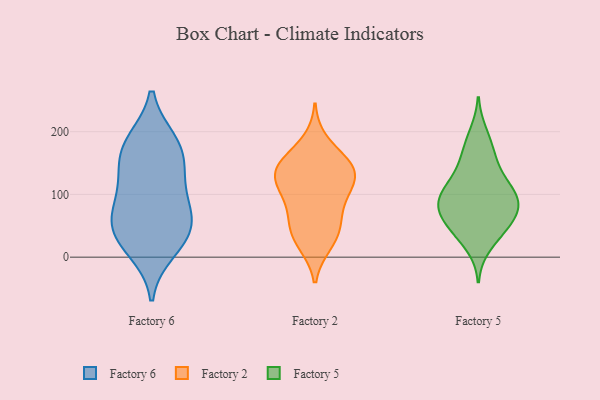
{"axis": {"x": "Waste Production (Tons)", "y": "Value"}, "legend": ["Factory 2", "Factory 5", "Factory 6"], "data": [{"x": "", "y": 42, "type": "Factory 6"}, {"x": "", "y": 182, "type": "Factory 6"}, {"x": "", "y": 134, "type": "Factory 6"}, {"x": "", "y": 136, "type": "Factory 6"}, {"x": "", "y": 28, "type": "Factory 6"}, {"x": "", "y": 71, "type": "Factory 6"}, {"x": "", "y": 95, "type": "Factory 6"}, {"x": "", "y": 170, "type": "Factory 6"}, {"x": "", "y": 11, "type": "Factory 6"}, {"x": "", "y": 184, "type": "Factory 6"}, {"x": "", "y": 70, "type": "Factory 6"}, {"x": "", "y": 45, "type": "Factory 6"}, {"x": "", "y": 136, "type": "Factory 2"}, {"x": "", "y": 147, "type": "Factory 2"}, {"x": "", "y": 185, "type": "Factory 2"}, {"x": "", "y": 144, "type": "Factory 2"}, {"x": "", "y": 105, "type": "Factory 2"}, {"x": "", "y": 122, "type": "Factory 2"}, {"x": "", "y": 148, "type": "Factory 2"}, {"x": "", "y": 21, "type": "Factory 2"}, {"x": "", "y": 50, "type": "Factory 2"}, {"x": "", "y": 131, "type": "Factory 2"}, {"x": "", "y": 79, "type": "Factory 2"}, {"x": "", "y": 96, "type": "Factory 2"}, {"x": "", "y": 20, "type": "Factory 2"}, {"x": "", "y": 50, "type": "Factory 2"}, {"x": "", "y": 49, "type": "Factory 2"}, {"x": "", "y": 153, "type": "Factory 2"}, {"x": "", "y": 109, "type": "Factory 2"}, {"x": "", "y": 77, "type": "Factory 5"}, {"x": "", "y": 76, "type": "Factory 5"}, {"x": "", "y": 81, "type": "Factory 5"}, {"x": "", "y": 78, "type": "Factory 5"}, {"x": "", "y": 97, "type": "Factory 5"}, {"x": "", "y": 17, "type": "Factory 5"}, {"x": "", "y": 176, "type": "Factory 5"}, {"x": "", "y": 132, "type": "Factory 5"}, {"x": "", "y": 45, "type": "Factory 5"}, {"x": "", "y": 113, "type": "Factory 5"}, {"x": "", "y": 92, "type": "Factory 5"}, {"x": "", "y": 55, "type": "Factory 5"}, {"x": "", "y": 163, "type": "Factory 5"}, {"x": "", "y": 198, "type": "Factory 5"}, {"x": "", "y": 143, "type": "Factory 5"}, {"x": "", "y": 107, "type": "Factory 5"}, {"x": "", "y": 48, "type": "Factory 5"}, {"x": "", "y": 41, "type": "Factory 5"}, {"x": "", "y": 100, "type": "Factory 5"}]}